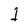
Character: 1